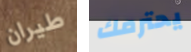
طيران يحترمك